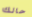
حالك